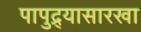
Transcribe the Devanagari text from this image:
पापुद्र्यासारखा